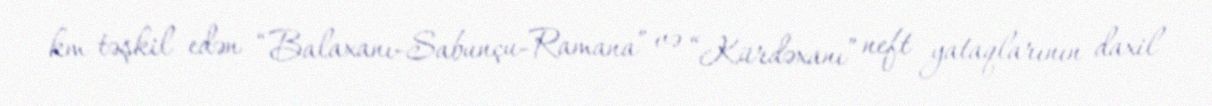
km təşkil edən “Balaxanı-Sabunçu-Ramana” və “Kürdəxanı” neft yataqlarının daxil